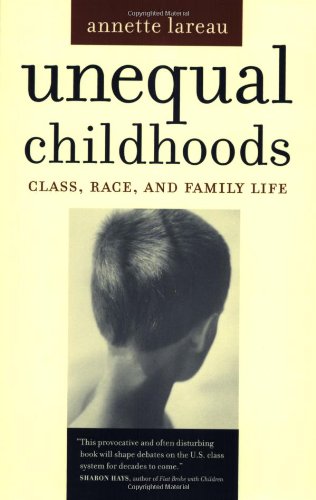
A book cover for Unequal Childhoods: Class, Race, and Family Life; Annette Lareau; Politics & Social Sciences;